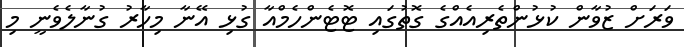
ވަރަށް ޒުވާން ކުޅުންތެރިއެއްގެ ގޮތުގައި ޓޮޓެންހެމްއާ ގުޅި އޭނާ މިހާރު ގުނާލެވެނީ މި